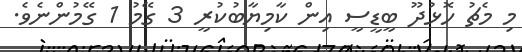
މި މެޗު ހޮޅުދޫ ބީޑީސީ އިން ކާމިޔާބުކުރީ 3 ގޭމު 1 ގޭމުންނެވެ.